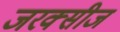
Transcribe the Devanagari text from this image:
जरक्सीज